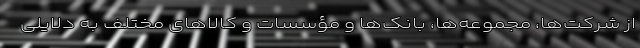
از شرکت‌ها، مجموعه‌ها، بانک‌ها و مؤسسات و کالاهای مختلف به دلایلی